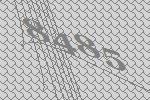
8485